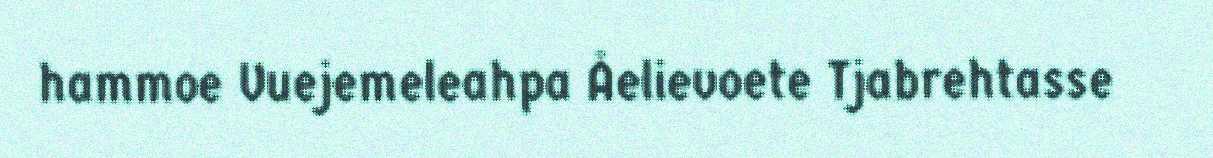
hammoe Vuejemeleahpa Åelievoete Tjabrehtasse